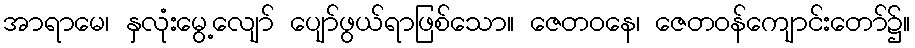
အာရာမေ၊ နှလုံးမွေ့လျော် ပျော်ဖွယ်ရာဖြစ်သော။ ဇေတဝနေ၊ ဇေတဝန်ကျောင်းတော်၌။